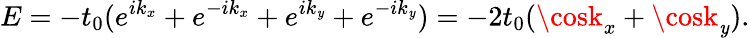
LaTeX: E=-t_{0}(e^{ik_{x}}+e^{-ik_{x}}+e^{ik_{\mathit{y}}}+e^{-ik_{\mathit{y}}})=-2t_{0}(\cosk_{x}+\cosk_{\mathit{y}}).